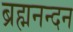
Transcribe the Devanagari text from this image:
ब्रह्मनन्दन